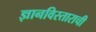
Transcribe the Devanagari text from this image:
ज्ञानविस्ताराची